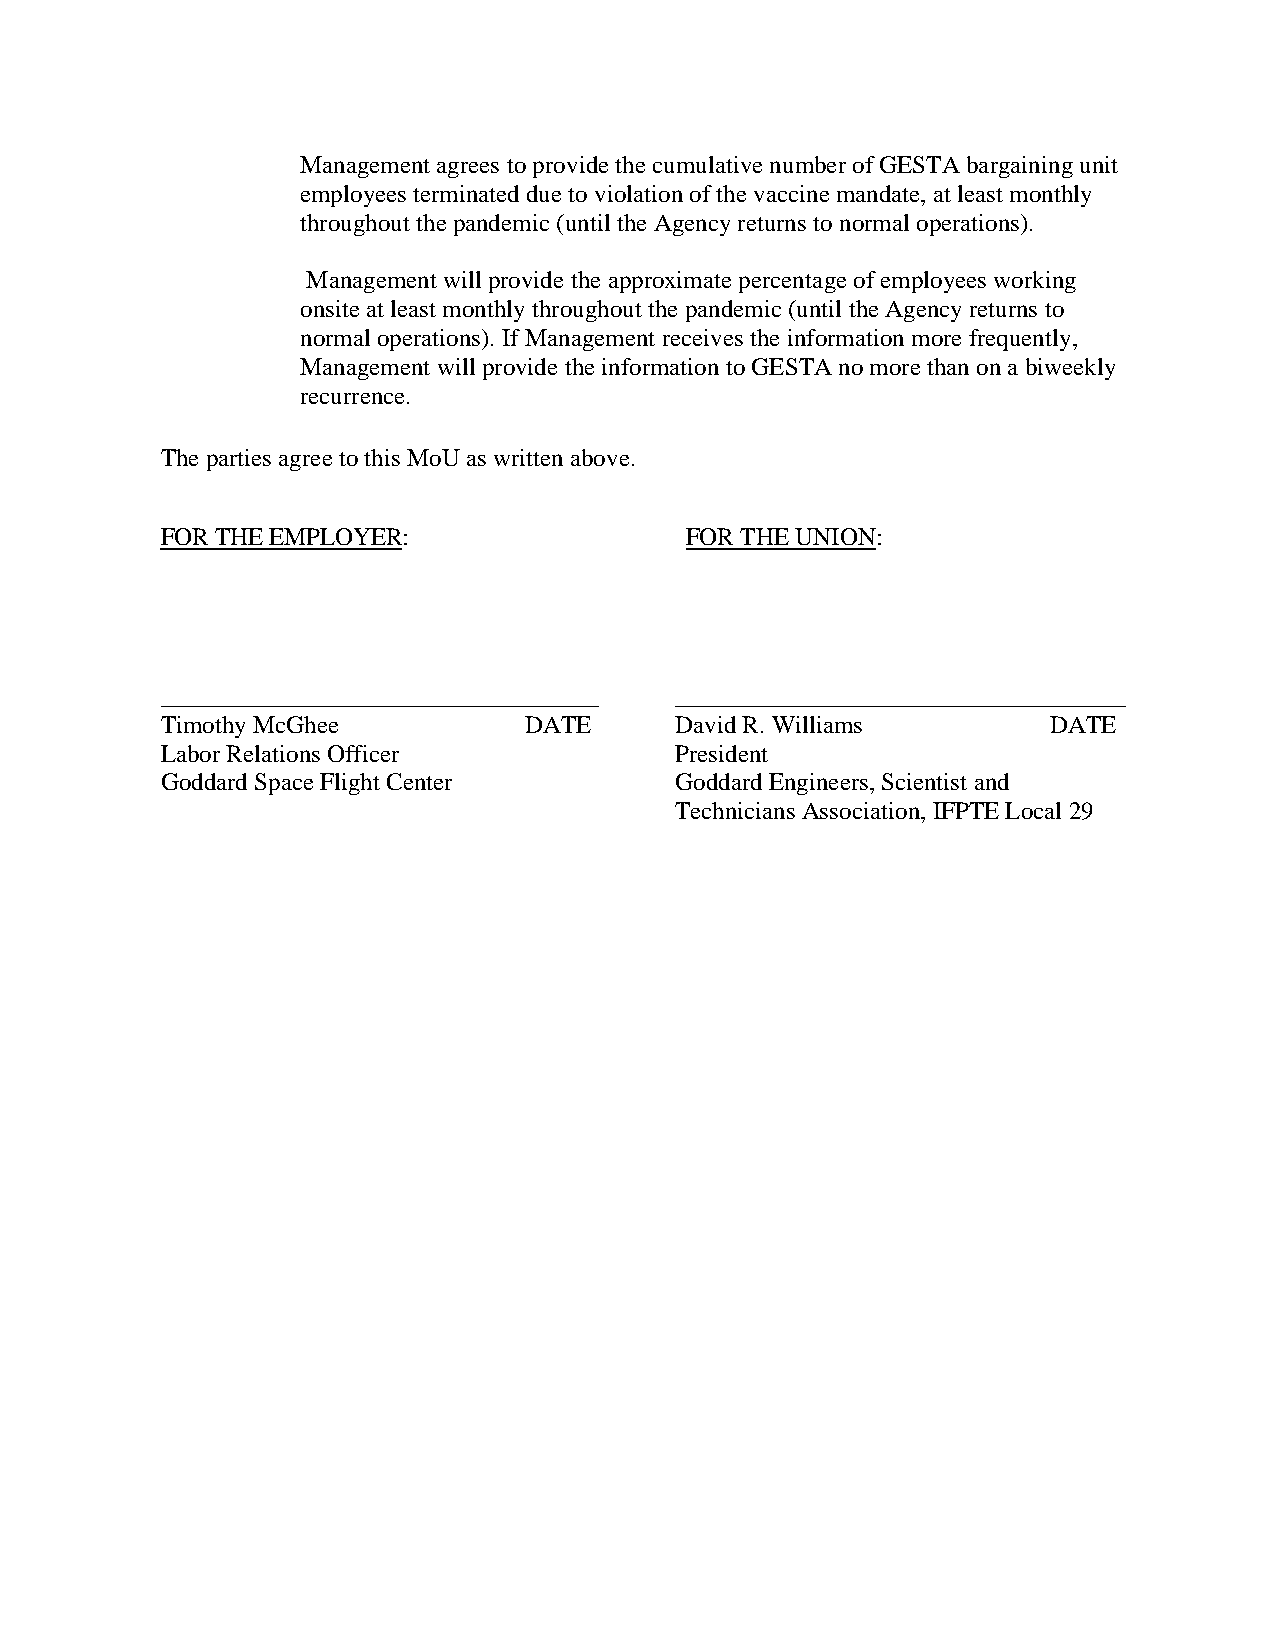
Management agrees to provide the cumulative number of GESTA bargaining unit
 employees terminated due to violation of the vaccine mandate, at least monthly
 throughout the pandemic (until the Agency returns to normal operations).
 Management will provide the approximate percentage of employees working
 onsite at least monthly throughout the pandemic (until the Agency returns to
 normal operations). If Management receives the information more frequently,
 Management will provide the information to GESTA no more than on a biweekly
 recurrence.
 The parties agree to this MoU as written above.
 FOR THE EMPLOYER:                 FOR THE UNION:
 ___________________________________ ____________________________________
 Timothy McGhee          DATE      David R. Williams        DATE
 Labor Relations Officer           President
 Goddard Space Flight Center       Goddard Engineers, Scientist and
 Technicians Association, IFPTE Local 29